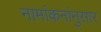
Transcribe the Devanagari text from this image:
नामांकनांनुसार